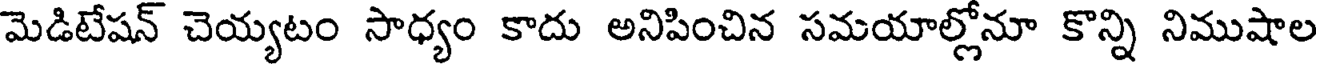
మెడిటేషన్ చెయ్యటం సాధ్యం కాదు అనిపించిన సమయాల్లోనూ కొన్ని నిముషాల